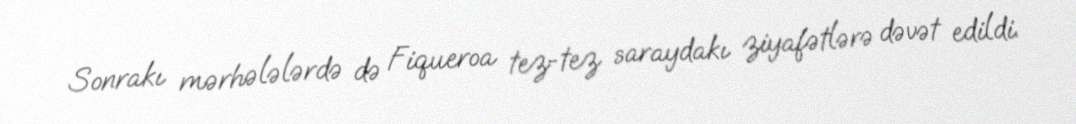
Sonrakı mərhələlərdə də Fiqueroa tez-tez saraydakı ziyafətlərə dəvət edildi.